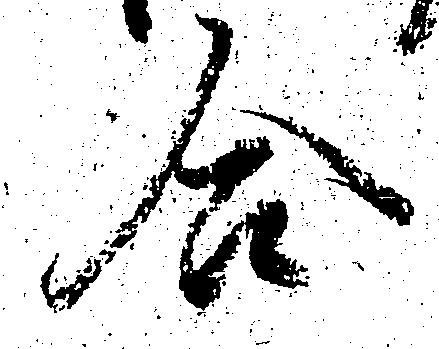
合